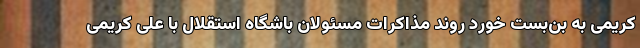
کریمی به بن‌بست خورد روند مذاکرات مسئولان باشگاه استقلال با علی کریمی